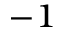
^ { - 1 }